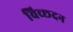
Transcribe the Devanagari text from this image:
विच्छदन